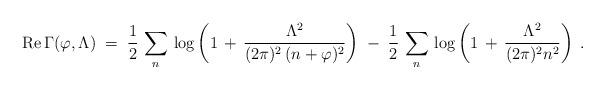
LaTeX: \begin{align*}{\rm Re}\, \Gamma (\varphi , \Lambda) \;=\; \frac{1}{2} \,\sum_n \, \log \left( 1 \,+\, \frac{ \Lambda^2 }{(2 \pi)^2 \, (n + \varphi)^2}\right) \;-\; \frac{1}{2} \,\sum_n \, \log \left( 1 \,+\, \frac{ \Lambda^2 }{(2 \pi)^2 n^2}\right) \; .\end{align*}